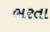
ભરતા